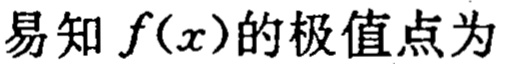
易知 \(f(x)\)的极值点为